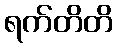
ရက်တိတိ